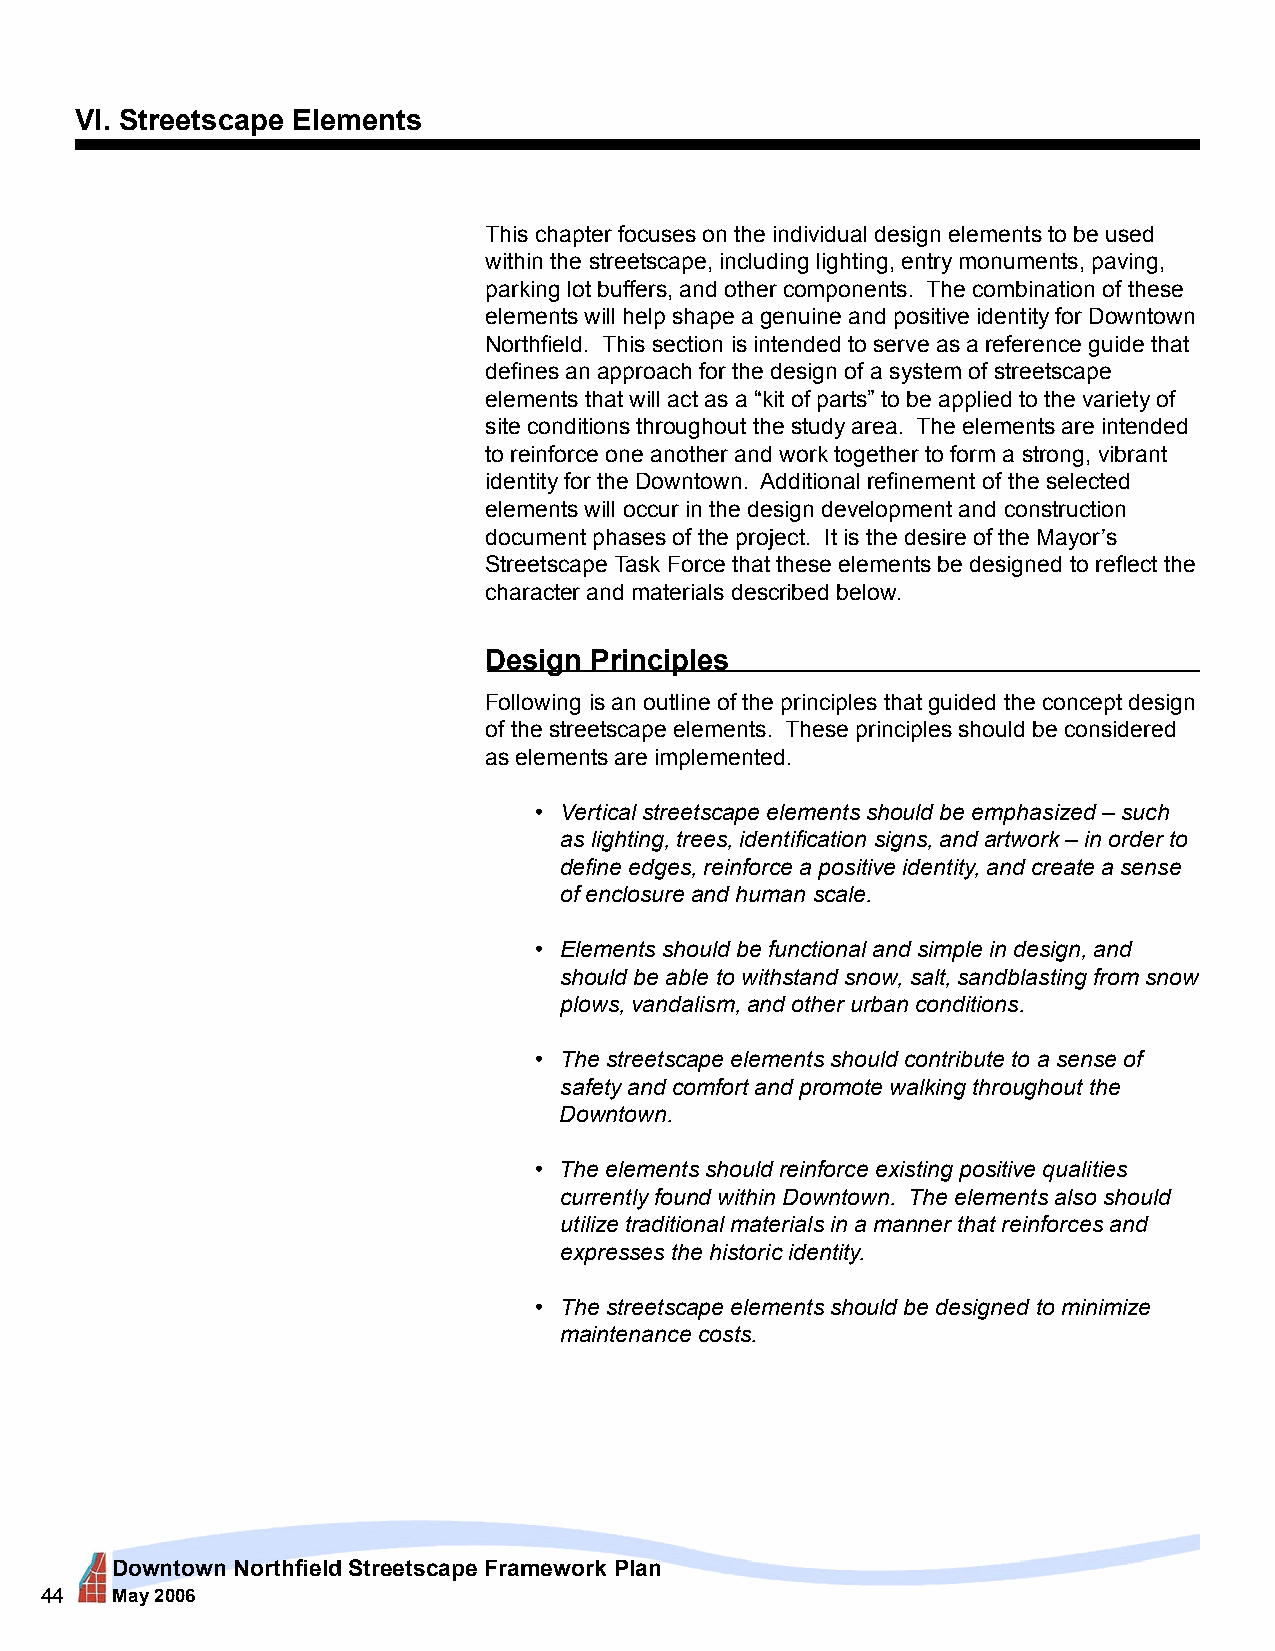
VI. Streetscape Elements
 This chapter focuses on the individual design elements to be used
 within the streetscape, including lighting, entry monuments, paving,
 parking lot buffers, and other components. The combination of these
 elements will help shape a genuine and positive identity for Downtown
 Northfield. This section is intended to serve as a reference guide that
 defines an approach for the design of a system of streetscape
 elements that will act as a “kit of parts” to be applied to the variety of
 site conditions throughout the study area. The elements are intended
 to reinforce one another and work together to form a strong, vibrant
 identity for the Downtown. Additional refinement of the selected
 elements will occur in the design development and construction
 document phases of the project. It is the desire of the Mayor’s
 Streetscape Task Force that these elements be designed to reflect the
 character and materials described below.
 Design Principles
 Following is an outline of the principles that guided the concept design
 of the streetscape elements. These principles should be considered
 as elements are implemented.
 • Vertical streetscape elements should be emphasized – such
 as lighting, trees, identification signs, and artwork – in order to
 define edges, reinforce a positive identity, and create a sense
 of enclosure and human scale.
 • Elements should be functional and simple in design, and
 should be able to withstand snow, salt, sandblasting from snow
 plows, vandalism, and other urban conditions.
 • The streetscape elements should contribute to a sense of
 safety and comfort and promote walking throughout the
 Downtown.
 • The elements should reinforce existing positive qualities
 currently found within Downtown. The elements also should
 utilize traditional materials in a manner that reinforces and
 expresses the historic identity.
 • The streetscape elements should be designed to minimize
 maintenance costs.
 Downtown Northfield Streetscape Framework Plan
 44  May 2006